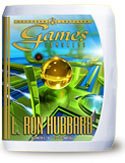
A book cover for Congress Lectures on Games Congress (complete set); L. Ron Hubbard; Religion & Spirituality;